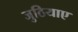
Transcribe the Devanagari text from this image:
जुठियाए